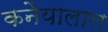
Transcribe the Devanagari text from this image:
कनैयालाल